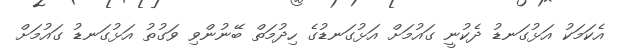
އެކަމަކު އަޅުގަނޑު ދެކުނީ ގައުމަށް އަޅުގަނޑުގެ ހިދުމަތް ބޭނުންވި ވަގުތު އަޅުގަނޑު ގައުމަށް